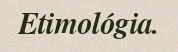
Etimológia.